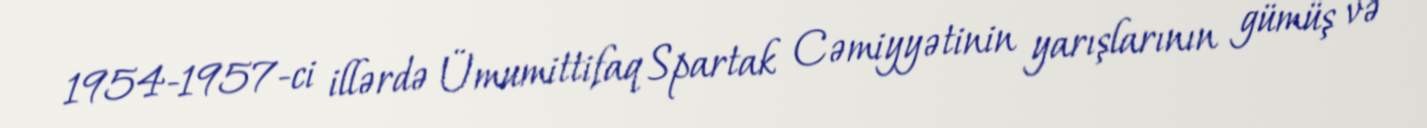
1954-1957-ci illərdə Ümumittifaq Spartak Cəmiyyətinin yarışlarının gümüş və